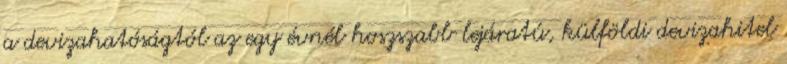
a devizahatóságtól az egy évnél hoszszabb lejáratú, külföldi devizahitel